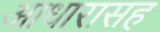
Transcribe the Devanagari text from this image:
आधारासह